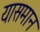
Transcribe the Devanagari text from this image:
यासमान